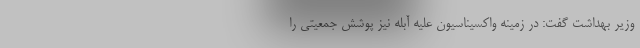
وزیر بهداشت گفت: در زمینه واکسیناسیون علیه آبله نیز پوشش جمعیتی را